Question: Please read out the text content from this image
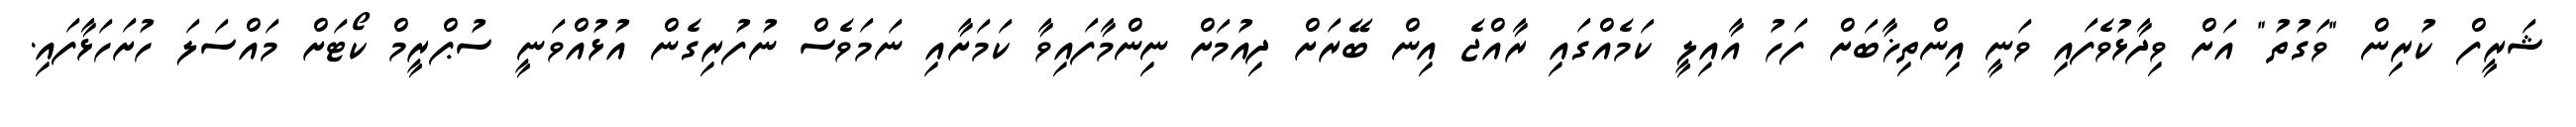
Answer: ޝަރީފް ކުރިން "ވަގުތު" އަށް ވިދާޅުވެފައި ވަނީ އިންތިޚާބަށް ފަހު އާއިލީ ކަމެއްގައި ރާއްޖެ އިން ބޭރަށް ދިއުމަށް ނިންމާފައިވާ ކަމަށާއި ނަމަވެސް ނުފުރިގެން އުޅުއްވަނީ ސުޕްރީމް ކޯޓަށް މައްސަލަ ހުށަހަޅާފައި.